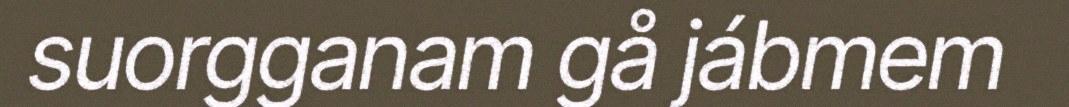
suorgganam gå jábmem